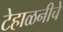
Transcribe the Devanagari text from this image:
टेहाळनीचे